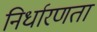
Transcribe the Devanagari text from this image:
निर्धारणता